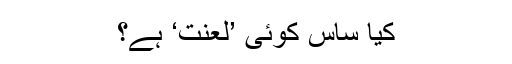
کیا ساس کوئی ’لعنت‘ ہے؟